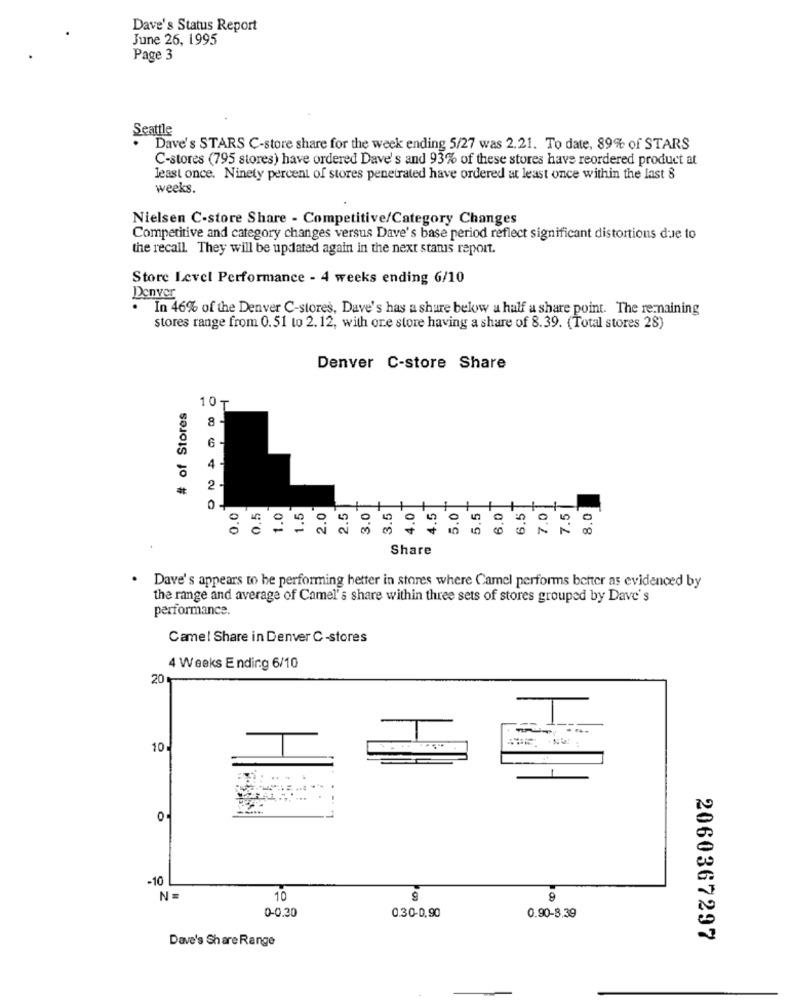
Dave's Status Report
June 26, 1995
Page 3
Seattle
Dave's STARS C-store share for the week ending 5/27 was 2.21. To date, 89% of STARS
C-stores (795 stores) have ordered Dave's and 93% of these stores have reordered product at
least once. Ninety percent of stores penetrated have ordered at least once within the last 8
weeks.
Nielsen C-store Share - Competitive/Category Changes
Competitive and category changes versus Dave's base period reflect significant distortions due to
the recall. They will be updated again in the next stanis report.
Store Level Performance - 4 weeks ending 6/10
Denver
. In 46% of the Denver C-stores, Dave's has a share bekw a half a share point. The remaining
stores range from 0.51 to 2. 12, with ore store having a share of 8.39. (Total stores 28)
Denver C-store Share
# of Stores
10₸
6
2
1.0
1.5
2.5
7.0
0
0.5
2.0
3.0
3.5
1.0
4.5
5.0
5,5
8,0
6.5
7.5
8.0
Share
Dave's appears to be performing better in stores where Camel performs better as evidenced by
the range and average of Camel's share within three sets of stores grouped by Dave's
performance.
Camel Share in Denver C-stores
4 Weeks Ending 6/10
20
10
0.
-10
N
10
9
9
0-0.30
0.30-0,90
0.90-8.39
Dave's Share Range
2060367297